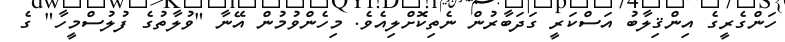
ހަންގެރީގެ އިންޤިލާބު އަސްކަރީ ގަދަބާރުން ނެތިކޮށްލިއެވެ. މިހެންވުމުން އޭނާ "ވުލާތުގެ ފުލުސްމީހާ" ގެ